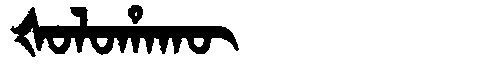
Manchu: ᡧᠣᠯᠣᡥᠠᡴᡡ
Romanization: ŠOLOHAKŪ